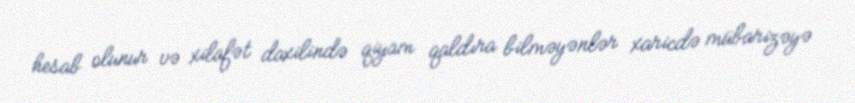
hesab olunur və xilafət daxilində qiyam qaldıra bilməyənlər xaricdə mübarizəyə